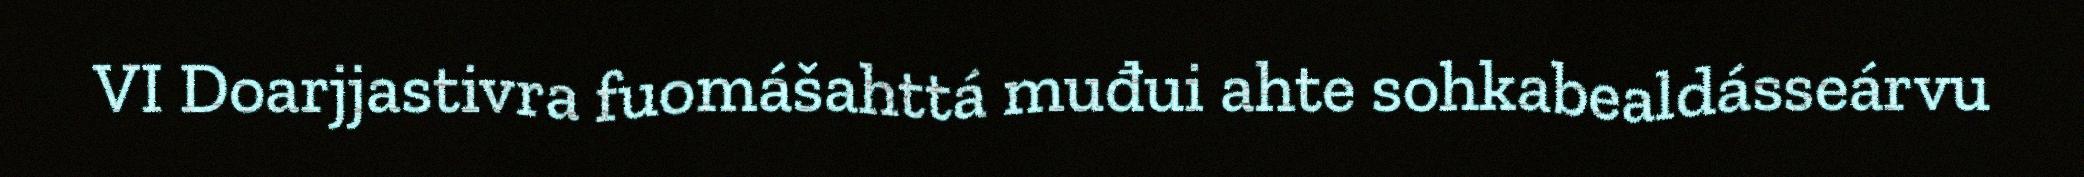
VI Doarjjastivra fuomášahttá muđui ahte sohkabealdásseárvu